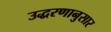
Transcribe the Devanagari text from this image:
उद्धरणानुसार